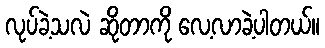
လုပ်ခဲ့သလဲ ဆိုတာကို လေ့လာခဲ့ပါတယ်။